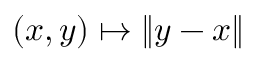
( x , y ) \mapsto \| y - x \|